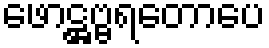
ဖောဋ္ဌဗ္ဗရတောပေ